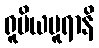
ရူပိယပူရာနိ